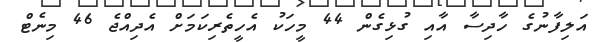
އަލިފާނުގެ ހާދިސާ އާއި ގުޅިގެން 44 މީހަކު އެހީތެރިކަމަށް އެދިއްޖެ 46 މިނެޓް